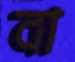
বা